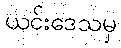
ယင်းဒေသမှ